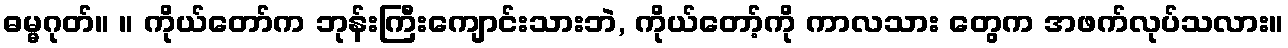
ဓမ္မဂုတ်။ ။ ကိုယ်တော်က ဘုန်းကြီးကျောင်းသားဘဲ, ကိုယ်တော့်ကို ကာလသား တွေက အဖက်လုပ်သလား။